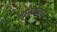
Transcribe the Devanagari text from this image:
मानवासाठी